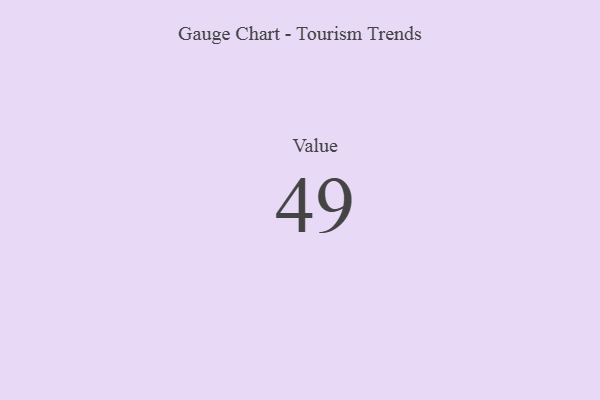
{"axis": {"x": "Metric", "y": "Value"}, "legend": [""], "data": [{"x": "Value", "y": 49, "type": ""}]}